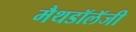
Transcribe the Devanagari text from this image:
मैथडॉलॅजी